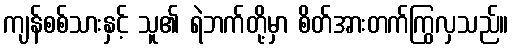
ကျန်စစ်သားနှင့် သူ၏ ရဲဘက်တို့မှာ စိတ်အားတက်ကြွလှသည်။